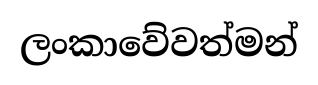
ලංකාවේවත්මන්